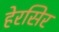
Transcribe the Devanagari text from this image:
हेरसिर